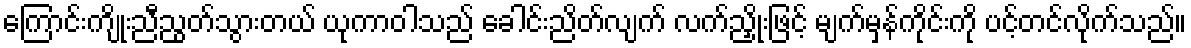
ကြောင်းကျိုးညီညွတ်သွားတယ် ယုကာဝါသည် ခေါင်းညိတ်လျက် လက်ညှိုးဖြင့် မျက်မှန်ကိုင်းကို ပင့်တင်လိုက်သည်။